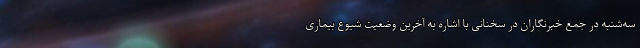
سه‌شنبه در جمع خبرنگاران در سخنانی با اشاره به آخرین وضعیت شیوع بیماری